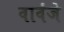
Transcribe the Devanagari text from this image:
वावंजे